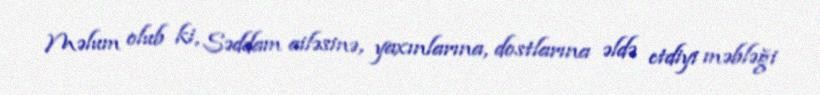
Məlum olub ki, Səddam ailəsinə, yaxınlarına, dostlarına əldə etdiyi məbləği